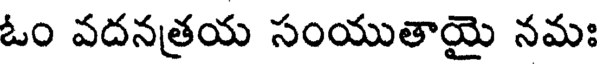
ఓం వదనత్రయ సంయుతాయై నమః